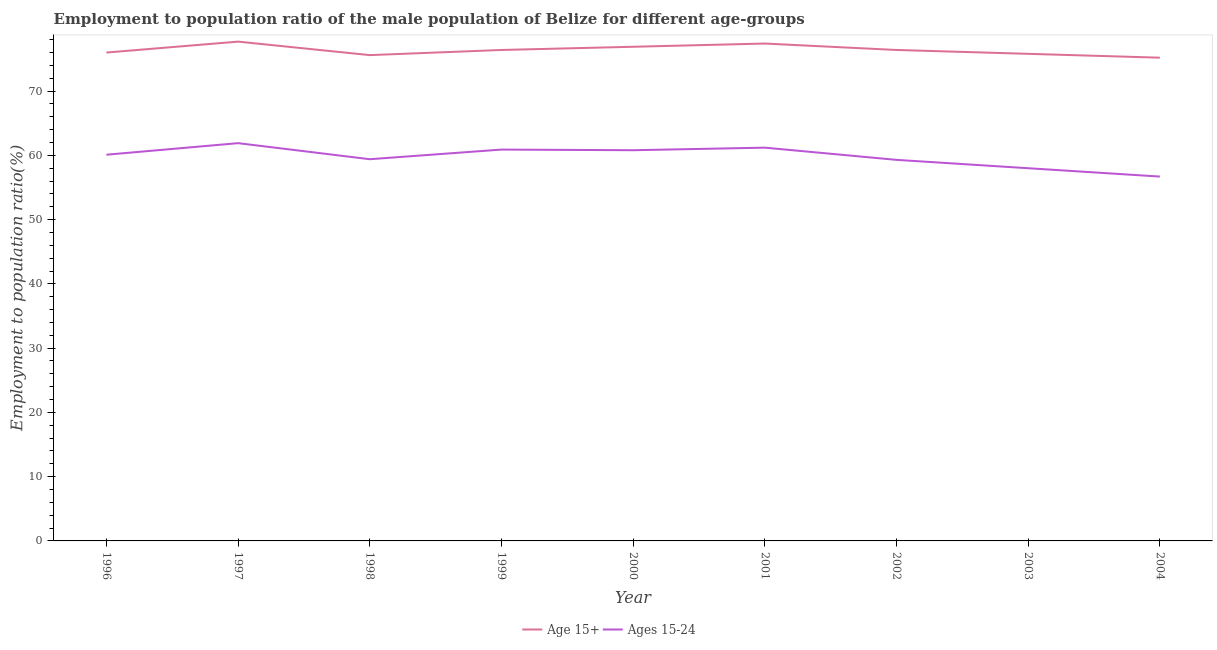
| Year | Age 15+ | Ages 15-24 |
 | --- | --- | --- |
 | 1996 | 76 | 60.1 |
 | 1997 | 77.7 | 61.9 |
 | 1998 | 75.6 | 59.4 |
 | 1999 | 76.4 | 60.9 |
 | 2000 | 76.9 | 60.8 |
 | 2001 | 77.4 | 61.2 |
 | 2002 | 76.4 | 59.3 |
 | 2003 | 75.8 | 58 |
 | 2004 | 75.2 | 56.7 |